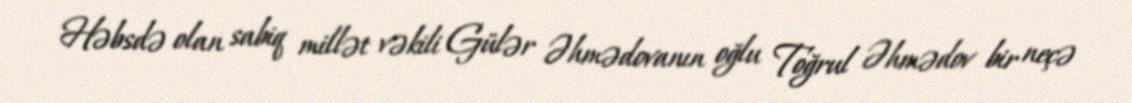
Həbsdə olan sabiq millət vəkili Gülər Əhmədovanın oğlu Toğrul Əhmədov bir neçə